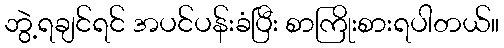
ဘွဲ့ရချင်ရင် အပင်ပန်းခံပြီး စာကြိုးစားရပါတယ်။